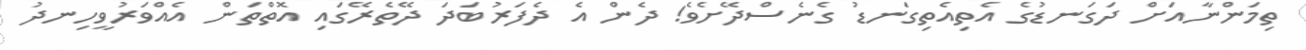
ތިމަންނާއަށް ދަގަނޑުގެ އެތިއެތިގަނޑު ގެނެސްދޭށެވެ! ދެން އެ ދެފަރުބަދަ ދޭތެރޭގައި އޮތްތަން އެއްވަރުވީހިނދު